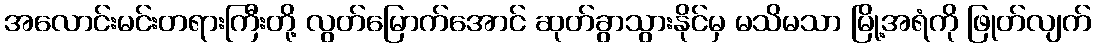
အလောင်းမင်းတရားကြီးတို့ လွတ်မြောက်အောင် ဆုတ်ခွာသွားနိုင်မှ မသိမသာ မြို့အရံကို ဖြုတ်လျက်